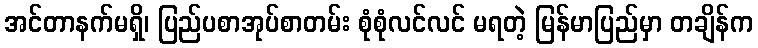
အင်တာနက်မရှိ၊ ပြည်ပစာအုပ်စာတမ်း စုံစုံလင်လင် မရတဲ့ မြန်မာပြည်မှာ တချိန်က